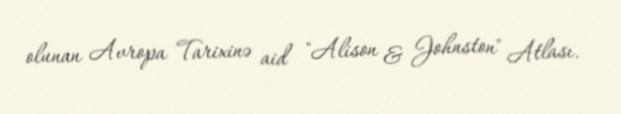
olunan Avropa Tarixinə aid "Alison & Johnston" Atlası.